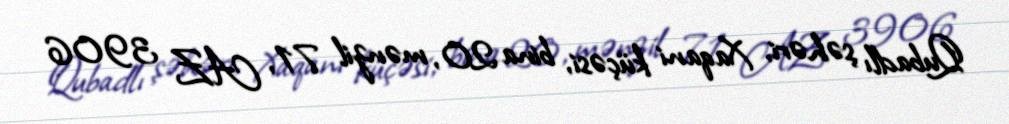
Qubadlı şəhəri, Xaqani küçəsi, bina 20, mənzil 71, AZ 3906